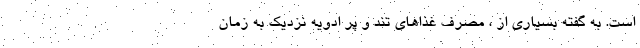
است. به گفته بسیاری از ، مصرف غذاهای تند و پر ادویه نزدیک به زمان